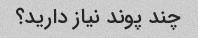
چند پوند نیاز دارید؟